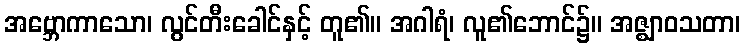
အဗ္ဘောကာသော၊ လွင်တီးခေါင်နှင့် တူ၏။ အဂါရံ၊ လူ၏ဘောင်၌။ အဇ္ဈာဝသတာ၊